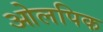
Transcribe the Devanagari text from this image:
ओलपिक